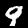
Label: 9